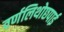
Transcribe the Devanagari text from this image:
वर्णलिथोछपाई